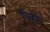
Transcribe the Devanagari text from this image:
बिहरे